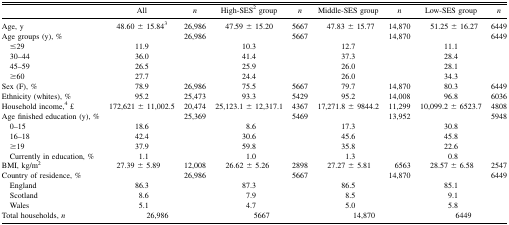
<table><thead><tr><td></td><td><b>All</b></td><td><b><i>n</i></b></td><td><b>High-SES<sup>2</sup> group</b></td><td><b><i>n</i></b></td><td><b>Middle-SES group</b></td><td><b><i>n</i></b></td><td><b>Low-SES group</b></td><td><b><i>n</i></b></td></tr></thead><tbody><tr><td>Age, y</td><td>48.60 ± 15.84<sup>3</sup></td><td>26,986</td><td>47.59 ± 15.20</td><td>5667</td><td>47.83 ± 15.77</td><td>14,870</td><td>51.25 ± 16.27</td><td>6449</td></tr><tr><td>Age groups (y), %</td><td></td><td>26,986</td><td></td><td>5667</td><td></td><td>14,870</td><td></td><td>6449</td></tr><tr><td> ≤29</td><td>11.9</td><td></td><td>10.3</td><td></td><td>12.7</td><td></td><td>11.1</td><td></td></tr><tr><td> 30–44</td><td>36.0</td><td></td><td>41.4</td><td></td><td>37.3</td><td></td><td>28.4</td><td></td></tr><tr><td> 45–59</td><td>26.5</td><td></td><td>25.9</td><td></td><td>26.0</td><td></td><td>28.1</td><td></td></tr><tr><td> ≥60</td><td>27.7</td><td></td><td>24.4</td><td></td><td>26.0</td><td></td><td>34.3</td><td></td></tr><tr><td>Sex (F), %</td><td>78.9</td><td>26,986</td><td>75.5</td><td>5667</td><td>79.7</td><td>14,870</td><td>80.3</td><td>6449</td></tr><tr><td>Ethnicity (whites), %</td><td>95.2</td><td>25,473</td><td>93.3</td><td>5429</td><td>95.2</td><td>14,008</td><td>96.8</td><td>6036</td></tr><tr><td>Household income,<sup>4</sup> £</td><td>172,621 ± 11,002.5</td><td>20,474</td><td>25,123.1 ± 12,317.1</td><td>4367</td><td>17,271.8 ± 9844.2</td><td>11,299</td><td>10,099.2 ± 6523.7</td><td>4808</td></tr><tr><td>Age finished education (y), %</td><td></td><td>25,369</td><td></td><td>5469</td><td></td><td>13,952</td><td></td><td>5948</td></tr><tr><td> 0–15</td><td>18.6</td><td></td><td>8.6</td><td></td><td>17.3</td><td></td><td>30.8</td><td></td></tr><tr><td> 16–18</td><td>42.4</td><td></td><td>30.6</td><td></td><td>45.6</td><td></td><td>45.8</td><td></td></tr><tr><td> ≥19</td><td>37.9</td><td></td><td>59.8</td><td></td><td>35.8</td><td></td><td>22.6</td><td></td></tr><tr><td> Currently in education, %</td><td>1.1</td><td></td><td>1.0</td><td></td><td>1.3</td><td></td><td>0.8</td><td></td></tr><tr><td>BMI, kg/m<sup>2</sup></td><td>27.39 ± 5.89</td><td>12,008</td><td>26.62 ± 5.26</td><td>2898</td><td>27.27 ± 5.81</td><td>6563</td><td>28.57 ± 6.58</td><td>2547</td></tr><tr><td>Country of residence, %</td><td></td><td>26,986</td><td></td><td>5667</td><td></td><td>14,870</td><td></td><td>6449</td></tr><tr><td> England</td><td>86.3</td><td></td><td>87.3</td><td></td><td>86.5</td><td></td><td>85.1</td><td></td></tr><tr><td> Scotland</td><td>8.6</td><td></td><td>7.9</td><td></td><td>8.5</td><td></td><td>9.1</td><td></td></tr><tr><td> Wales</td><td>5.1</td><td></td><td>4.7</td><td></td><td>5.0</td><td></td><td>5.8</td><td></td></tr><tr><td>Total households, <i>n</i></td><td colspan="2">26,986</td><td colspan="2">5667</td><td colspan="2">14,870</td><td colspan="2">6449</td></tr></tbody></table>